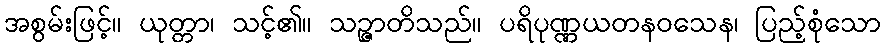
အစွမ်းဖြင့်။ ယုတ္တာ၊ သင့်၏။ သဉ္ဇာတိသည်။ ပရိပုဏ္ဏယတနဝသေန၊ ပြည့်စုံသော